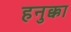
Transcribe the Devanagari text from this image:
हनुक्का